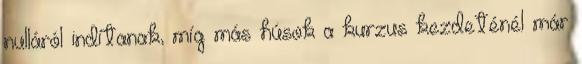
nulláról indítanak, míg más húsok a kurzus kezdeténél már